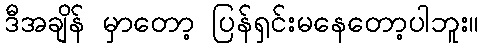
ဒီအချိန် မှာတော့ ပြန်ရှင်းမနေတော့ပါဘူး။